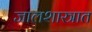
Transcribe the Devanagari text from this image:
जालशास्त्रात